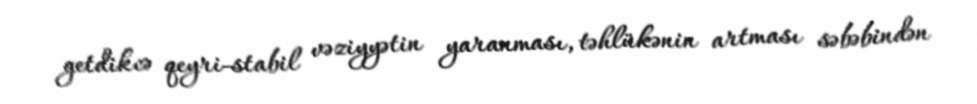
getdikcə qeyri-stabil vəziyyətin yaranması, təhlükənin artması səbəbindən